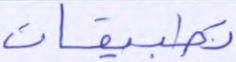
تطبيقات